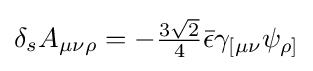
\delta _{s}A_{\mu \nu \rho }=-{\tfrac {3{\sqrt {2}}}{4}}{\bar {\epsilon }}\gamma _{[\mu \nu }\psi _{\rho ]}